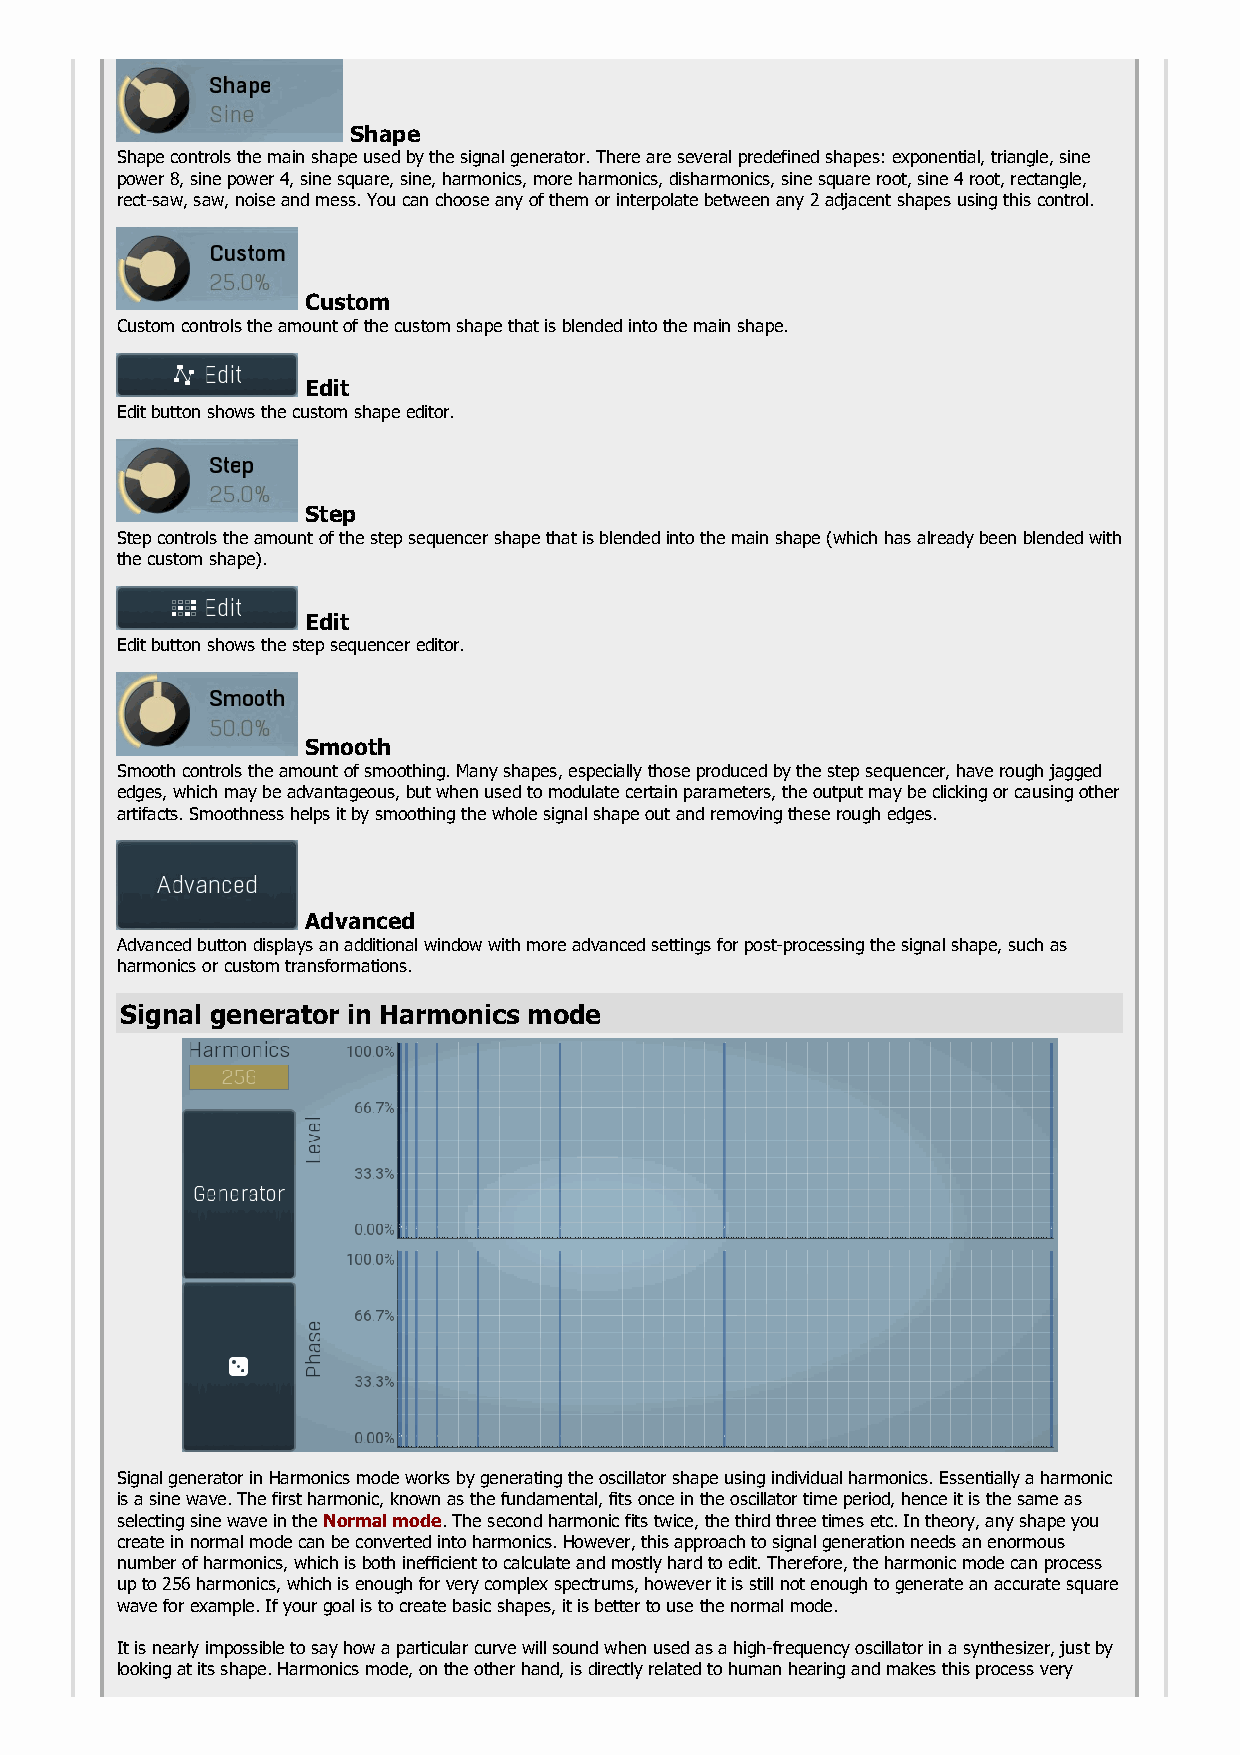
Shape
 Shape controls the main shape used by the signal generator. There are several predefined shapes: exponential, triangle, sine
 power 8, sine power 4, sine square, sine, harmonics, more harmonics, disharmonics, sine square root, sine 4 root, rectangle,
 rect-saw, saw, noise and mess. You can choose any of them or interpolate between any 2 adjacent shapes using this control.
 Custom
 Custom controls the amount of the custom shape that is blended into the main shape.
 Edit
 Edit button shows the custom shape editor.
 Step
 Step controls the amount of the step sequencer shape that is blended into the main shape (which has already been blended with
 the custom shape).
 Edit
 Edit button shows the step sequencer editor.
 Smooth
 Smooth controls the amount of smoothing. Many shapes, especially those produced by the step sequencer, have rough jagged
 edges, which may be advantageous, but when used to modulate certain parameters, the output may be clicking or causing other
 artifacts. Smoothness helps it by smoothing the whole signal shape out and removing these rough edges.
 Advanced
 Advanced button displays an additional window with more advanced settings for post-processing the signal shape, such as
 harmonics or custom transformations.
 Signal generator in Harmonics mode
 Signal generator in Harmonics mode works by generating the oscillator shape using individual harmonics. Essentially a harmonic
 is a sine wave. The first harmonic, known as the fundamental, fits once in the oscillator time period, hence it is the same as
 selecting sine wave in the Normal mode. The second harmonic fits twice, the third three times etc. In theory, any shape you
 create in normal mode can be converted into harmonics. However, this approach to signal generation needs an enormous
 number of harmonics, which is both inefficient to calculate and mostly hard to edit. Therefore, the harmonic mode can process
 up to 256 harmonics, which is enough for very complex spectrums, however it is still not enough to generate an accurate square
 wave for example. If your goal is to create basic shapes, it is better to use the normal mode.
 It is nearly impossible to say how a particular curve will sound when used as a high-frequency oscillator in a synthesizer, just by
 looking at its shape. Harmonics mode, on the other hand, is directly related to human hearing and makes this process very